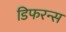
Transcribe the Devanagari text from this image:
डिफरन्स